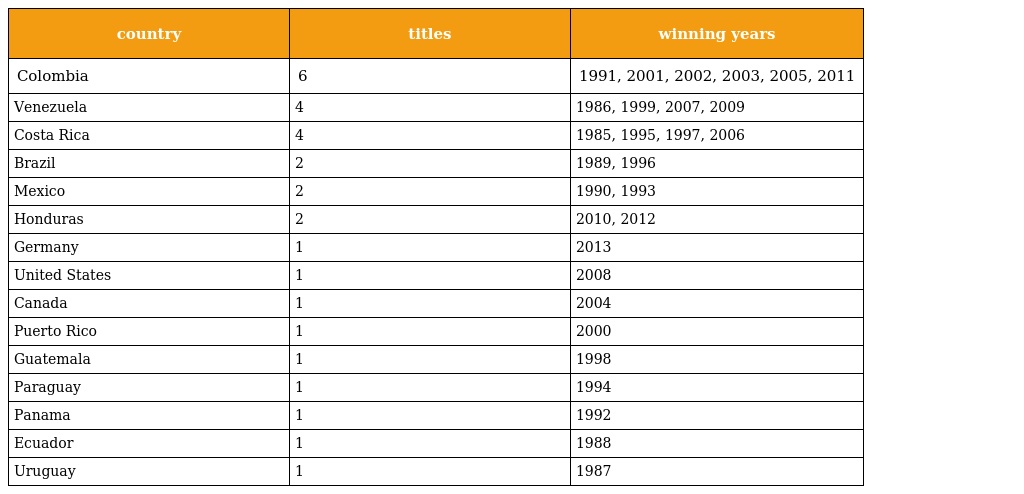
| country | titles | winning years |
 | --- | --- | --- |
 | Colombia | 6 | 1991, 2001, 2002, 2003, 2005, 2011 |
 | Venezuela | 4 | 1986, 1999, 2007, 2009 |
 | Costa Rica | 4 | 1985, 1995, 1997, 2006 |
 | Brazil | 2 | 1989, 1996 |
 | Mexico | 2 | 1990, 1993 |
 | Honduras | 2 | 2010, 2012 |
 | Germany | 1 | 2013 |
 | United States | 1 | 2008 |
 | Canada | 1 | 2004 |
 | Puerto Rico | 1 | 2000 |
 | Guatemala | 1 | 1998 |
 | Paraguay | 1 | 1994 |
 | Panama | 1 | 1992 |
 | Ecuador | 1 | 1988 |
 | Uruguay | 1 | 1987 |